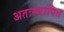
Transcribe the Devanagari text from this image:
अतःस्थापित